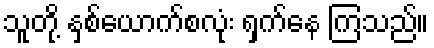
သူတို့ နှစ်ယောက်စလုံး ရှက်နေ ကြသည်။